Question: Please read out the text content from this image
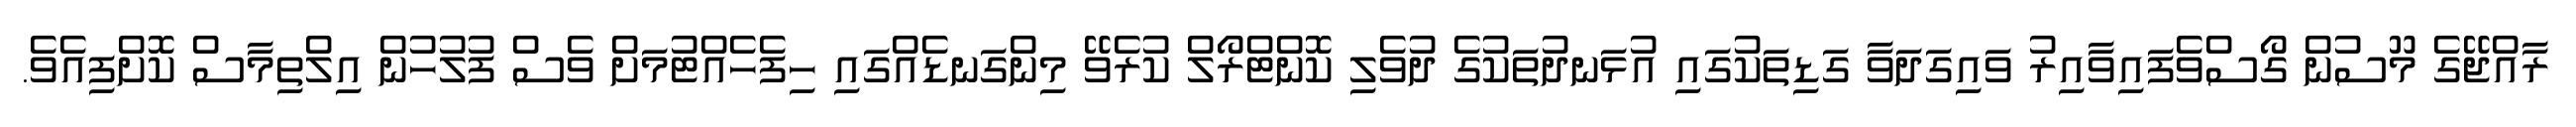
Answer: ރާއްޖޭގެ މޫސުން ގޯސްވެފައިވާއިރު ވައިގަދަވާ ގަޑިތަކުގައި އުޅަނދުތަކުގެ ދުވެލި ކޮންޓްރޯލް ކުރެވޭ މިންގަނޑެއްގައި ހިފެހެއްޓުމަށް ވެސް ފުލުހުން އިލްތިމާސް ކޮށްފިއެވެ.